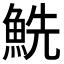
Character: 𩶤